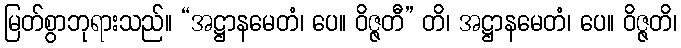
မြတ်စွာဘုရားသည်။ “အဋ္ဌာနမေတံ၊ ပေ။ ဝိဇ္ဇတီ” တိ၊ အဋ္ဌာနမေတံ၊ ပေ။ ဝိဇ္ဇတိ၊